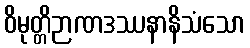
ဝိမုတ္တိဉာဏဒဿနာနိသံသော